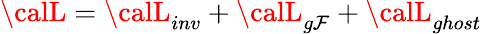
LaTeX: {\calL}={\calL}_{inv}+{\calL}_{g\mathcal{F}}+{\calL}_{ghost}